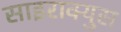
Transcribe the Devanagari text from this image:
साइराक्युस